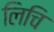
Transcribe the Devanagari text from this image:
लिचि